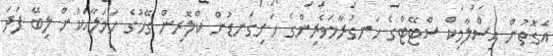
އެގޮތުން އިސްލާމިކް ސްޓޭޓްގެ ހަނގުރާމަވެރިންގެ ހަށިގަނޑުން ކްލޮރިން ގޭހުގެ ހަމަލާއަކުން ލިބޭ ފަދަ